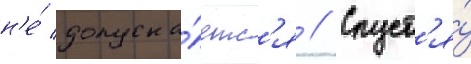
н'е́ допуска́етс'я // Спуст'я́